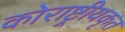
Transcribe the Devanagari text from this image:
कोराष्ट्रीयकृत